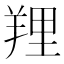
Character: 𦎐